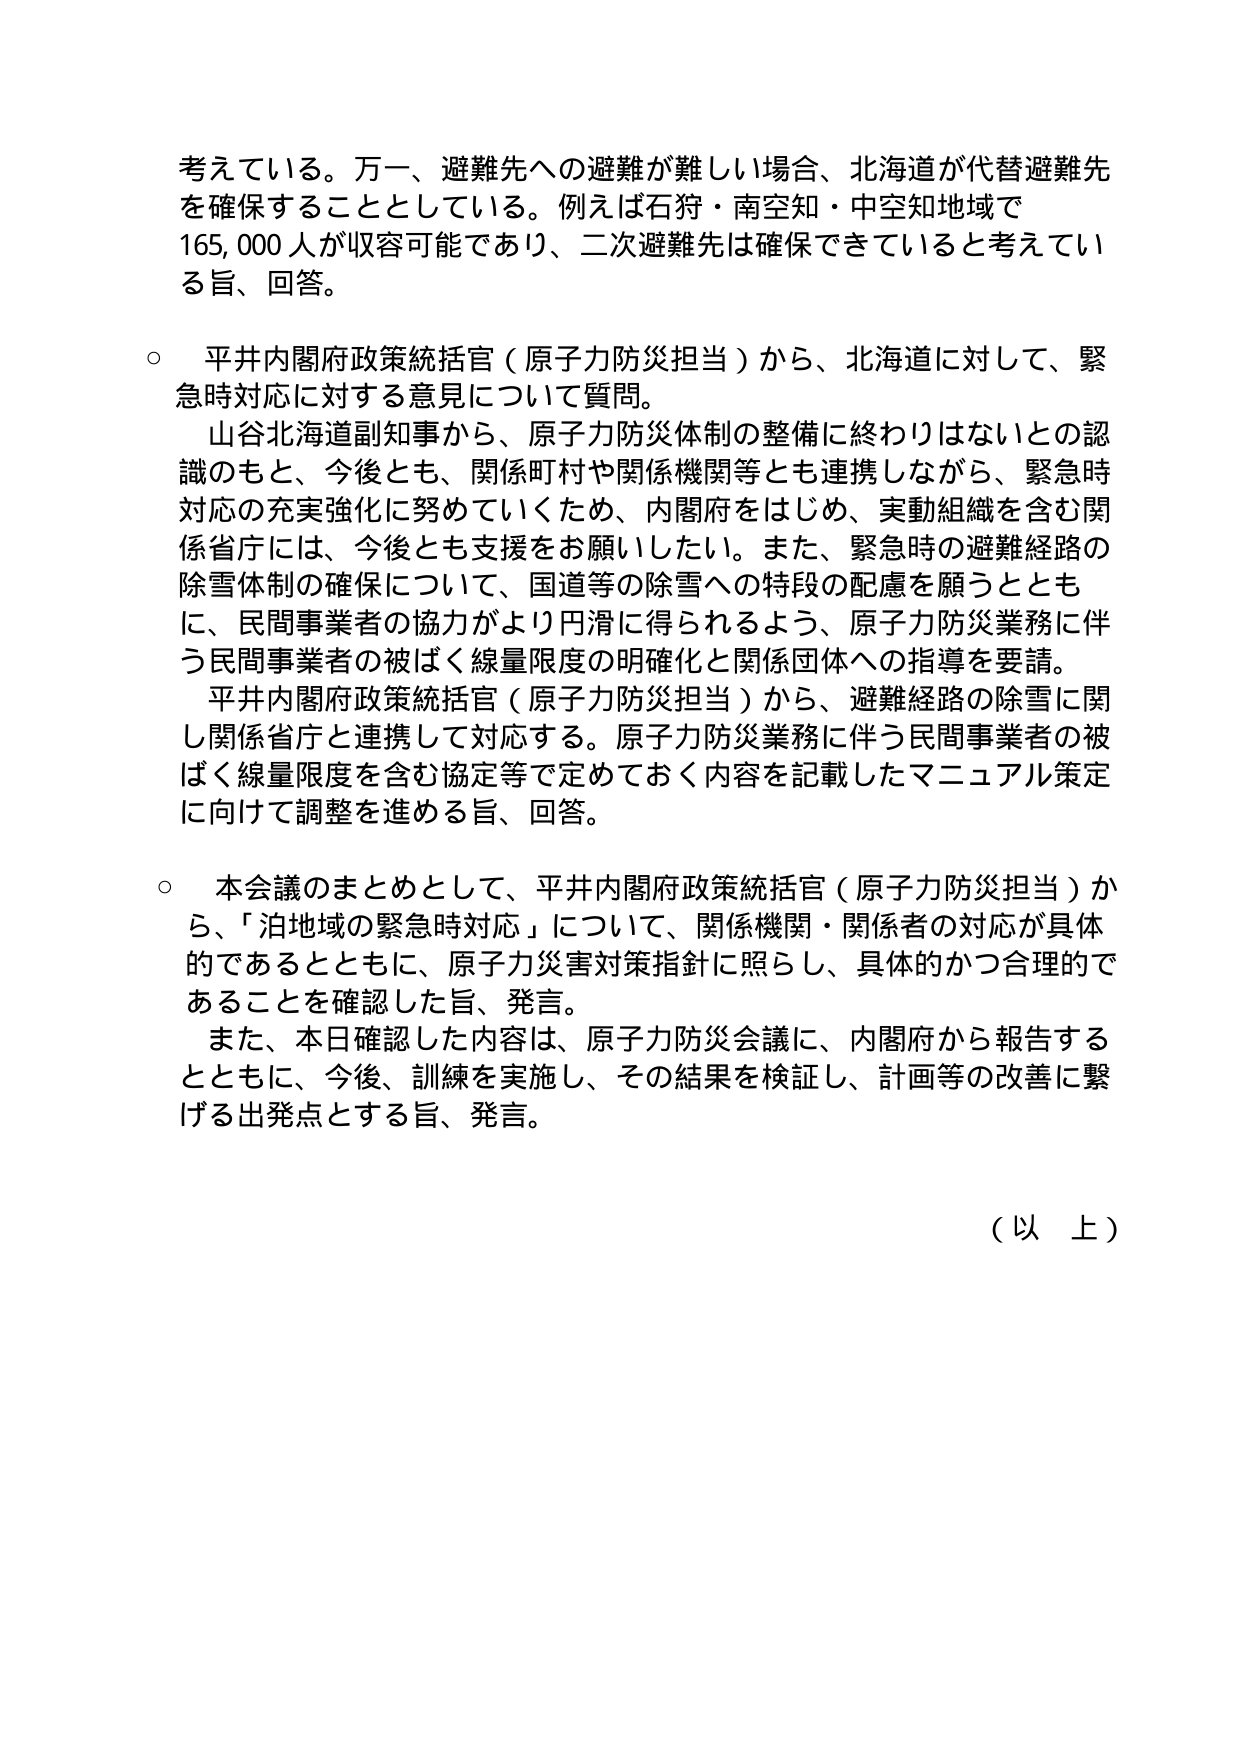
考えている。万一、避難先への避難が難しい場合、北海道が代替避難先を確保することとしている。例えば石狩・南空知・中空知地域で165,000人が収容可能であり、二次避難先は確保できていると考えている旨、回答。

○ 平井内閣府政策統括官（原子力防災担当）から、北海道に対して、緊急時対応に対する意見について質問。
　山谷北海道副知事から、原子力防災体制の整備に終わりはないとの認識のもと、今後とも、関係町村や関係機関等とも連携しながら、緊急時対応の充実強化に努めていくため、内閣府をはじめ、実動組織を含む関係省庁には、今後とも支援をお願いしたい。また、緊急時の避難経路の除雪体制の確保について、国道等の除雪への特段の配慮を願うとともに、民間事業者の協力がより円滑に得られるよう、原子力防災業務に伴う民間事業者の被ばく線量限度の明確化と関係団体への指導を要請。
　平井内閣府政策統括官（原子力防災担当）から、避難経路の除雪に関し関係省庁と連携して対応する。原子力防災業務に伴う民間事業者の被ばく線量限度を含む協定等で定めておく内容を記載したマニュアル策定に向けて調整を進める旨、回答。

○ 本会議のまとめとして、平井内閣府政策統括官（原子力防災担当）から、「泊地域の緊急時対応」について、関係機関・関係者の対応が具体的であるとともに、原子力災害対策指針に照らし、具体的かつ合理的であることを確認した旨、発言。
　また、本日確認した内容は、原子力防災会議に、内閣府から報告するとともに、今後、訓練を実施し、その結果を検証し、計画等の改善に繋げる出発点とする旨、発言。

（以上）